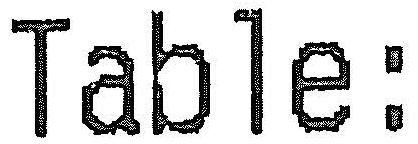
TABLE: